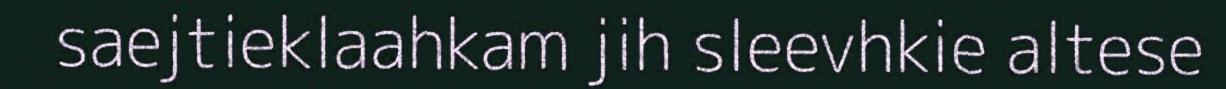
saejtieklaahkam jih sleevhkie altese